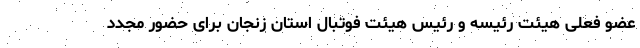
عضو فعلی هیئت رئیسه و رئیس هیئت فوتبال استان زنجان برای حضور مجدد